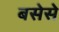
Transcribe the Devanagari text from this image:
बसेसे